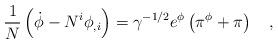
LaTeX: \begin{align*}\frac{1}{N} \left( \dot{\phi}-N^{i}\phi_{,i} \right) =\gamma^{-1/2}e^{\phi} \left( \pi^{\phi}+\pi \right) ~~~,\end{align*}